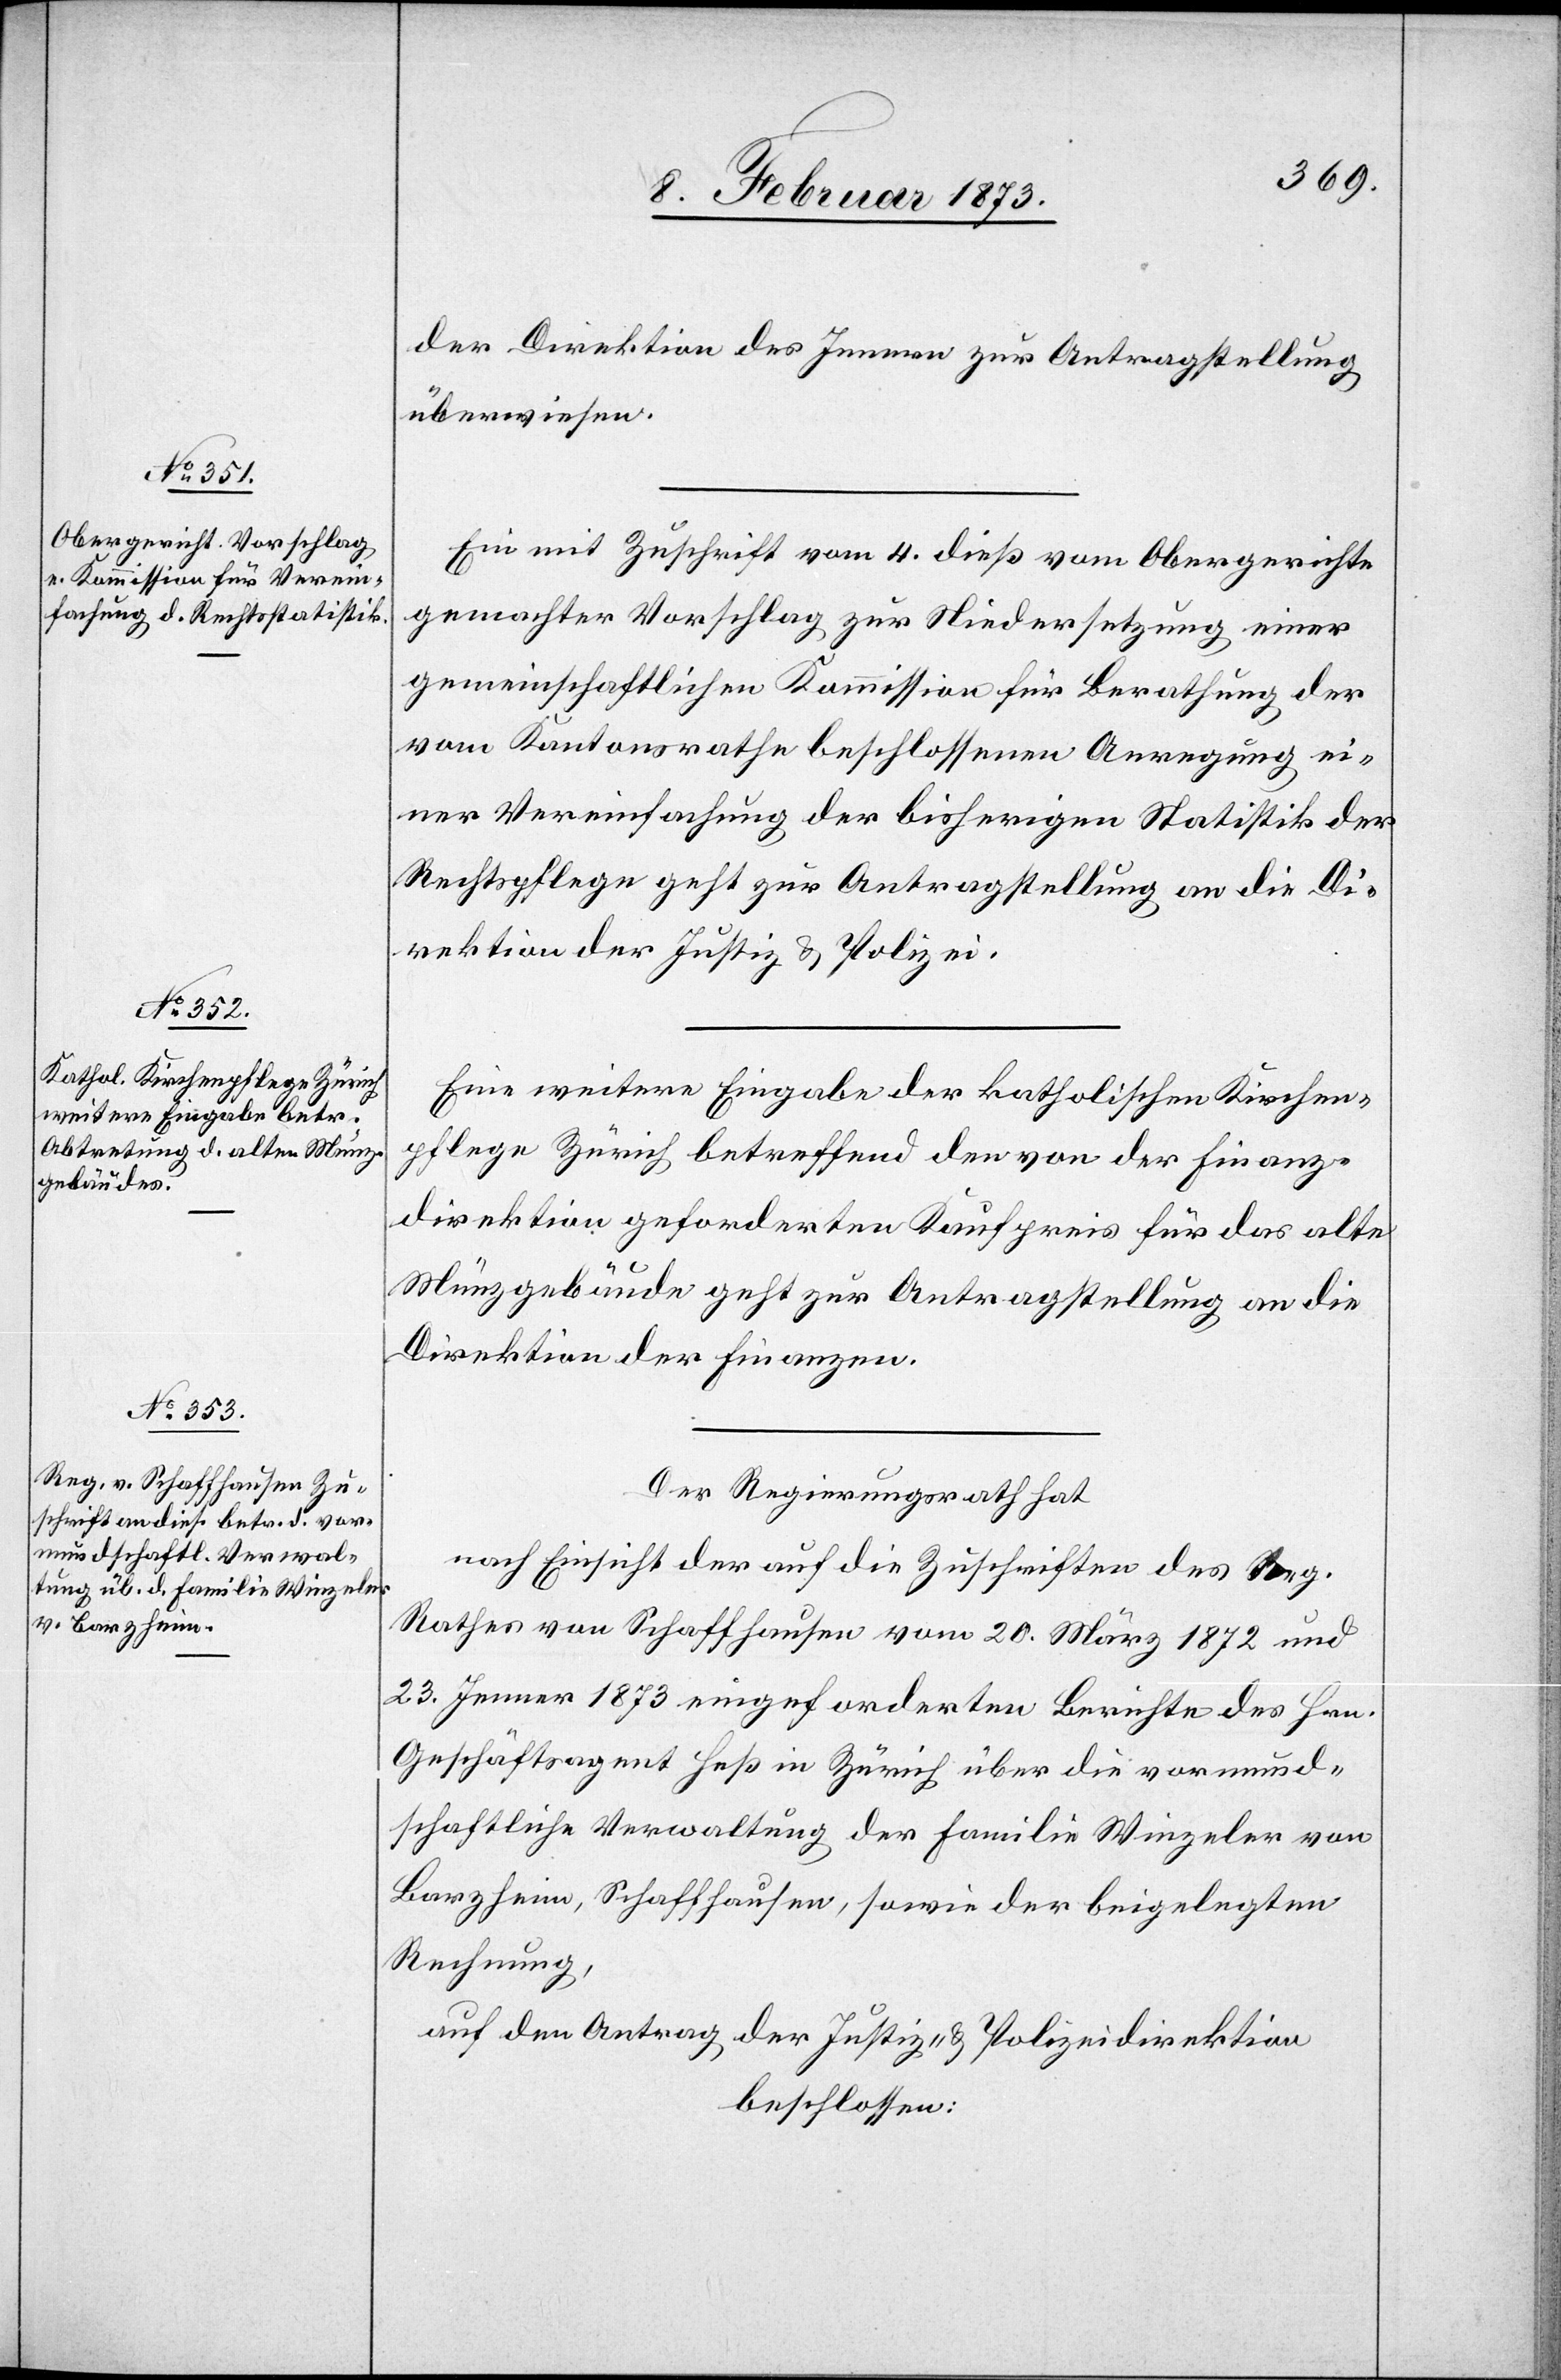
11. Februar 1873.]
der Direktion des Innern zur Antragstellung
überwiesen.
Ein mit Zuschrift vom 4. dieß vom Obergerichte
gemachter Vorschlag zur Niedersetzung einer
gemeinschaftlichen Kommission für Berathung der
vom Kantonsrathe beschlossenen Anregung ei¬
ner Vereinfachung der bisherigen Statistik der
Rechtspflege geht zur Antragstellung an die Di¬
rektion der Justiz u. Polizei.
Eine weitere Eingabe der katholischen Kirchen¬
pflege Zürich betreffend den von der Finanz¬
direktion geforderten Kaufpreis für das alte
Münzgebäude geht zur Antragstellung an die
Direktion der Finanzen.
Der Regierungsrath hat
nach Einsicht der auf die Zuschriften des Reg.
Rathes von Schaffhausen vom 20. März 1872 und
23. Jenner 1873 eingeforderten Berichte des Hrn.
Geschäftsagent Heß in Zürich über die vormund¬
schaftliche Verwaltung der Familie Winzeler von
Barzheim, Schaffhausen, sowie der beigelegten
Rechnung,
auf den Antrag der Justiz- u. Polizeidirektion
beschlossen: